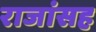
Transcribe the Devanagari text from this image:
राजांसह